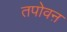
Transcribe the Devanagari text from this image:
तपोवऩ